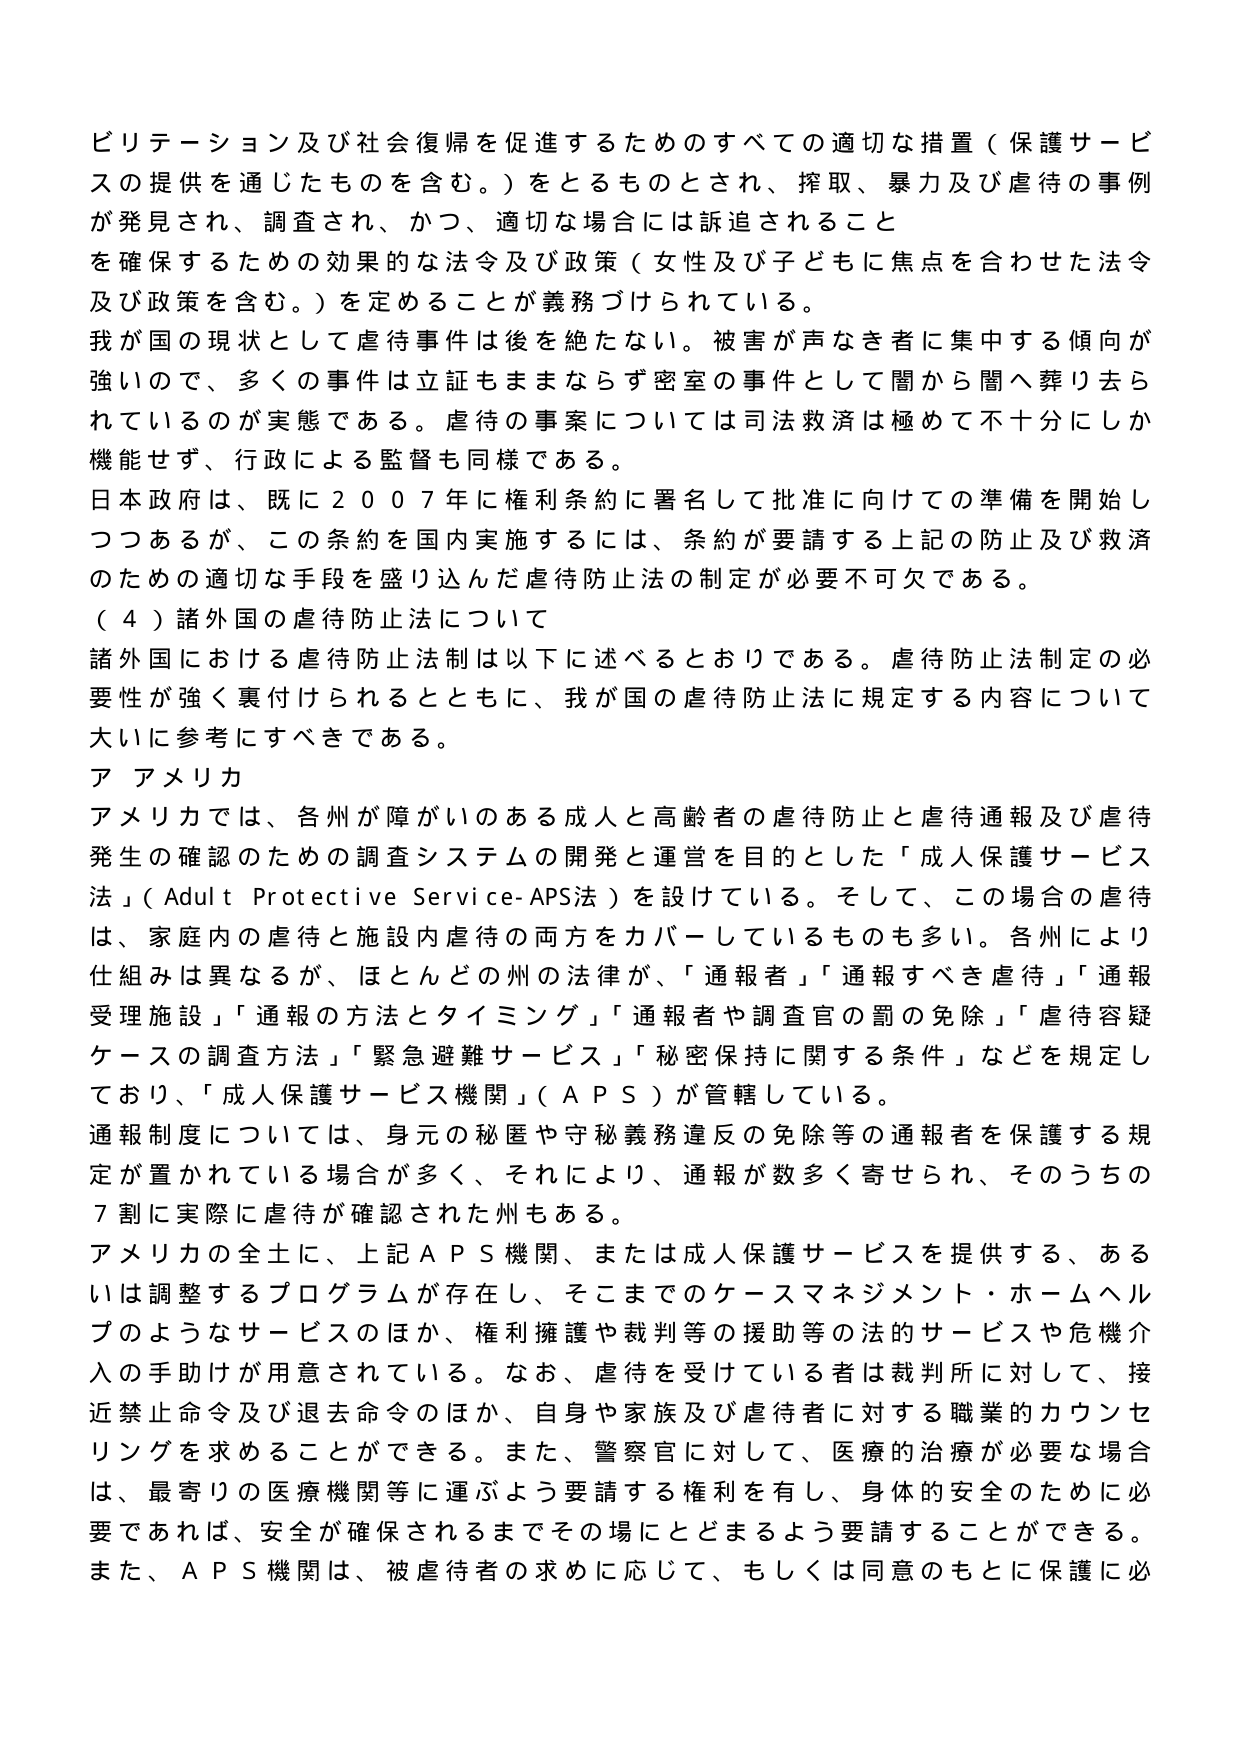
ビリテーション及び社会復帰を促進するためのすべての適切な措置（保護サービスの提供を通じたものを含む。）をとるものとされ、搾取、暴力及び虐待の事例が発見され、調査され、かつ、適切な場合には訴追されることを確保するための効果的な法令及び政策（女性及び子どもに焦点を合わせた法令及び政策を含む。）を定めることが義務づけられている。

我が国の現状として虐待事件は後を絶たない。被害が声なき者に集中する傾向が強いので、多くの事件は立証もままならず密室の事件として闇から闇へ葬り去られているのが実態である。虐待の事案については司法救済は極めて不十分にしか機能せず、行政による監督も同様である。

日本政府は、既に２００７年に権利条約に署名して批准に向けての準備を開始しつつあるが、この条約を国内実施するには、条約が要請する上記の防止及び救済のための適切な手段を盛り込んだ虐待防止法の制定が必要不可欠である。

（４）諸外国の虐待防止法について

諸外国における虐待防止法制は以下に述べるとおりである。虐待防止法制定の必要性が強く裏付けられるとともに、我が国の虐待防止法に規定する内容について大いに参考にすべきである。

ア アメリカ

アメリカでは、各州が障がいのある成人と高齢者の虐待防止と虐待通報及び虐待発生の確認のための調査システムの開発と運営を目的とした「成人保護サービス法」（Adult Protective Service-APS法）を設けている。そして、この場合の虐待は、家庭内の虐待と施設内虐待の両方をカバーしているものも多い。各州により仕組みは異なるが、ほとんどの州の法律が、「通報者」「通報すべき虐待」「通報受理施設」「通報の方法とタイミング」「通報者や調査官の罰の免除」「虐待容疑ケースの調査方法」「緊急避難サービス」「秘密保持に関する条件」などを規定しており、「成人保護サービス機関」（APS）が管轄している。

通報制度については、身元の秘匿や守秘義務違反の免除等の通報者を保護する規定が置かれている場合が多く、それにより、通報が数多く寄せられ、そのうちの７割に実際に虐待が確認された州もある。

アメリカの全土に、上記APS機関、または成人保護サービスを提供する、あるいは調整するプログラムが存在し、そこまでのケースマネジメント・ホームヘルプのようなサービスのほか、権利擁護や裁判等の援助等の法的サービスや危機介入の手助けが用意されている。なお、虐待を受けている者は裁判所に対して、接近禁止命令及び退去命令のほか、自身や家族及び虐待者に対する職業的カウンセリングを求めることができる。また、警察官に対して、医療的治療が必要な場合は、最寄りの医療機関等に運ぶよう要請する権利を有し、身体的安全のために必要であれば、安全が確保されるまでその場にとどまるよう要請することができる。また、APS機関は、被虐待者の求めに応じて、もしくは同意のもとに保護に必